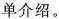
单介绍。